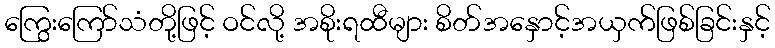
ကြွေးကြော်သံတို့ဖြင့် ဝင်လို့ အစိုးရထီများ စိတ်အနှောင့်အယှက်ဖြစ်ခြင်းနှင့်